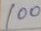
100